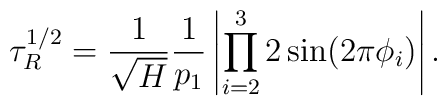
\tau_{R}^{1/2}=\frac{1}{\sqrt{H}}\frac{1}{p_{1}}\left|\prod_{i=2}^{3}2\sin(2\pi\phi_{i})\right|.